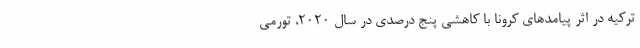
ترکیه در اثر پیامدهای کرونا با کاهشی پنج درصدی در سال 2020، تورمی